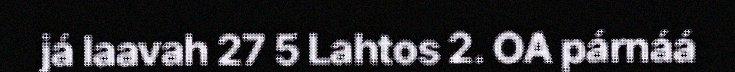
já laavah 27 5 Lahtos 2. OA párnáá